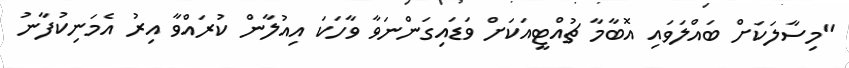
"މިސާލަކަށް ބައްލަވައި އޮބާމާ ޗުއްޓީއަކަށް ވަޑައިގަންނަވާ ވާހަކަ އިއުލާން ކުރައްވާ އިރު އެމަނިކުފާނު